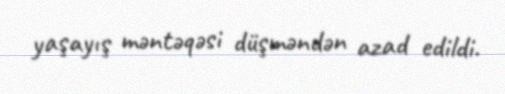
yaşayış məntəqəsi düşməndən azad edildi.